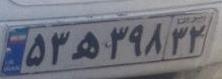
۵۳ه۳۹۸۳۲